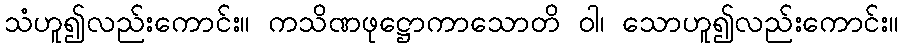
သံဟူ၍လည်းကောင်း။ ကသိဏဖုဋ္ဌောကာသောတိ ဝါ၊ သောဟူ၍လည်းကောင်း။